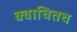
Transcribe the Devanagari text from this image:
क्वाचितच